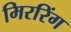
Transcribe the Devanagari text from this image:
मिररिंग